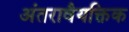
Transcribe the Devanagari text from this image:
अंतरावैयक्तिक